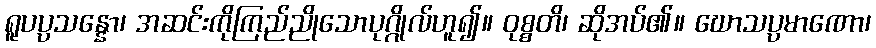
ရူပပ္ပသန္နော၊ အဆင်းကိုကြည်ညိုသောပုဂ္ဂိုလ်ဟူ၍။ ဝုစ္စတိ၊ ဆိုအပ်၏။ ဃောသပ္ပမာဏော၊